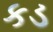
કડ